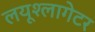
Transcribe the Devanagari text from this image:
लयूश्लागेटर